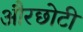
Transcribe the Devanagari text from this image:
औरछोटी